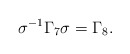
\begin{align*}\sigma^{-1} \Gamma_{7} \sigma = \Gamma_{8}.\end{align*}